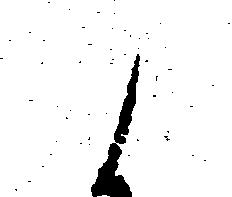
候